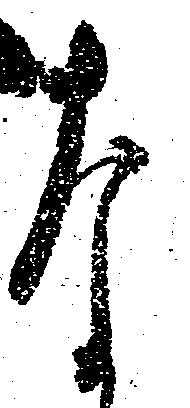
な